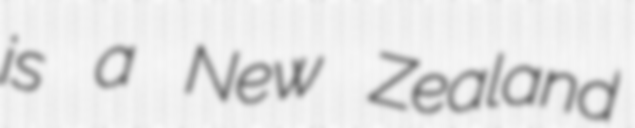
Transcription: is a New Zealand